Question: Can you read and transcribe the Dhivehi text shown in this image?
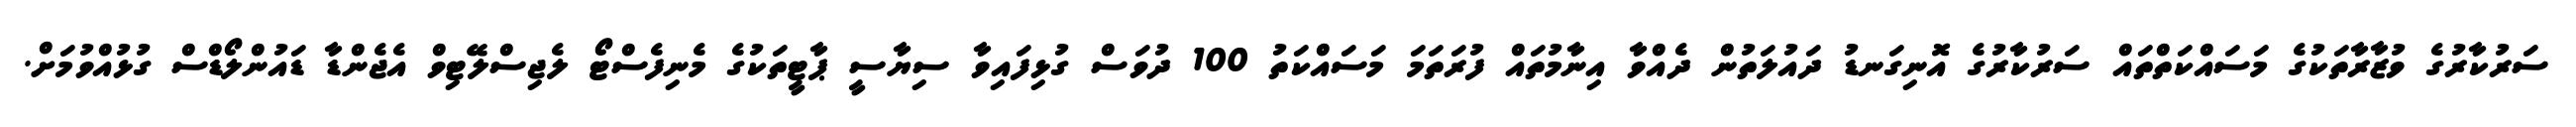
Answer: ސަރުކާރުގެ ވުޒާރާތަކުގެ މަސައްކަތްތައް ސަރުކާރުގެ އޮނިގަނޑު ދައުލަތުން ދެއްވާ އިނާމުތައް ފުރަތަމަ މަސައްކަތު 100 ދުވަސް ގުޅިފައިވާ ސިޔާސީ ޕާޓީތަކުގެ މެނިފެސްޓޯ ލެޖިސްލޭޓިވް އެޖެންޑާ ޑައުންލޯޑްސް ގުޅުއްވުމަށް.